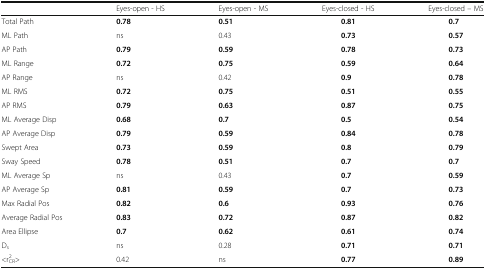
<table><thead><tr><td></td><td><b>Eyes-open - HS</b></td><td><b>Eyes-open - MS</b></td><td><b>Eyes-closed - HS</b></td><td><b>Eyes-closed – MS</b></td></tr></thead><tbody><tr><td>Total Path</td><td><b>0.78</b></td><td><b>0.51</b></td><td><b>0.81</b></td><td><b>0.7</b></td></tr><tr><td>ML Path</td><td>ns</td><td>0.43</td><td><b>0.73</b></td><td><b>0.57</b></td></tr><tr><td>AP Path</td><td><b>0.79</b></td><td><b>0.59</b></td><td><b>0.78</b></td><td><b>0.73</b></td></tr><tr><td>ML Range</td><td><b>0.72</b></td><td><b>0.75</b></td><td><b>0.59</b></td><td><b>0.64</b></td></tr><tr><td>AP Range</td><td>ns</td><td>0.42</td><td><b>0.9</b></td><td><b>0.78</b></td></tr><tr><td>ML RMS</td><td><b>0.72</b></td><td><b>0.75</b></td><td><b>0.51</b></td><td><b>0.55</b></td></tr><tr><td>AP RMS</td><td><b>0.79</b></td><td><b>0.63</b></td><td><b>0.87</b></td><td><b>0.75</b></td></tr><tr><td>ML Average Disp</td><td><b>0.68</b></td><td><b>0.7</b></td><td><b>0.5</b></td><td><b>0.54</b></td></tr><tr><td>AP Average Disp</td><td><b>0.79</b></td><td><b>0.59</b></td><td><b>0.84</b></td><td><b>0.78</b></td></tr><tr><td>Swept Area</td><td><b>0.73</b></td><td><b>0.59</b></td><td><b>0.8</b></td><td><b>0.79</b></td></tr><tr><td>Sway Speed</td><td><b>0.78</b></td><td><b>0.51</b></td><td><b>0.7</b></td><td><b>0.7</b></td></tr><tr><td>ML Average Sp</td><td>ns</td><td>0.43</td><td><b>0.7</b></td><td><b>0.59</b></td></tr><tr><td>AP Average Sp</td><td><b>0.81</b></td><td><b>0.59</b></td><td><b>0.7</b></td><td><b>0.73</b></td></tr><tr><td>Max Radial Pos</td><td><b>0.82</b></td><td><b>0.6</b></td><td><b>0.93</b></td><td><b>0.76</b></td></tr><tr><td>Average Radial Pos</td><td><b>0.83</b></td><td><b>0.72</b></td><td><b>0.87</b></td><td><b>0.82</b></td></tr><tr><td>Area Ellipse</td><td><b>0.7</b></td><td><b>0.62</b></td><td><b>0.61</b></td><td><b>0.74</b></td></tr><tr><td>D<sub>s</sub></td><td>ns</td><td>0.28</td><td><b>0.71</b></td><td><b>0.71</b></td></tr><tr><td>&lt;r<sup>2</sup><sub>CR</sub>&gt;</td><td>0.42</td><td>ns</td><td><b>0.77</b></td><td><b>0.89</b></td></tr></tbody></table>